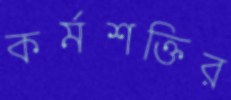
কর্মশক্তির